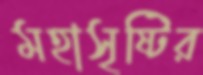
মহাসৃষ্টির